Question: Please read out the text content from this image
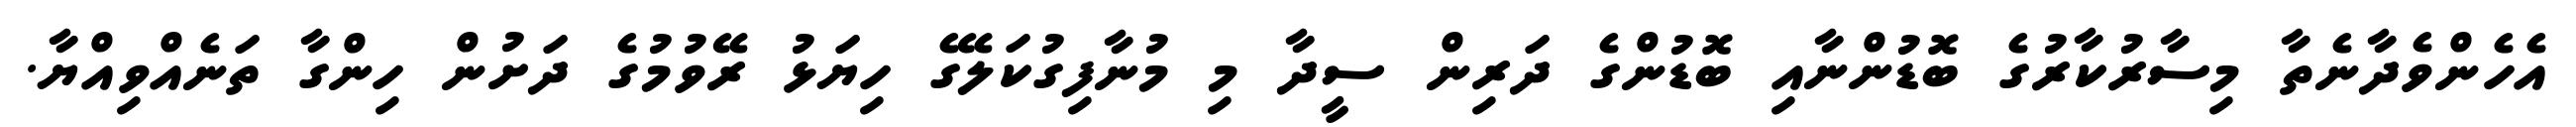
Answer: އެހެންވެދާނެތާ މިސާރުކާރުގެ ބޮޑުންނާއި ބޮޑުންގެ ދަރިން ސީދާ މި މުނާފިގުކަލޭގެ ހިޔަޅު ރޭވުމުގެ ދަށުން ހިންގާ ތަނެއްވިއްޔާ.